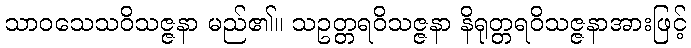
သာဝသေသဝိသဇ္ဇနာ မည်၏။ သဥတ္တရဝိသဇ္ဇနာ နိရုတ္တရဝိသဇ္ဇနာအားဖြင့်